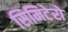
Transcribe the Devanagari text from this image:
सिमिटेरो